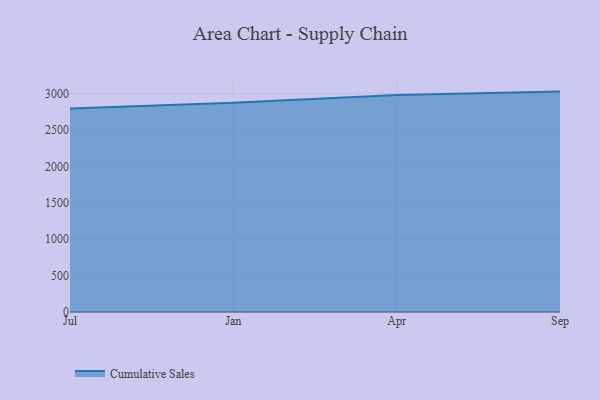
{"axis": {"x": "Month", "y": "Market Share (%)"}, "legend": ["Cumulative Sales"], "data": [{"x": "Jul", "y": 2794.3, "type": "Cumulative Sales"}, {"x": "Jan", "y": 2874.2, "type": "Cumulative Sales"}, {"x": "Apr", "y": 2978.2, "type": "Cumulative Sales"}, {"x": "Sep", "y": 3025.6, "type": "Cumulative Sales"}]}